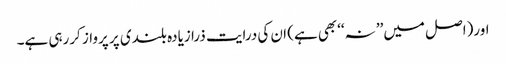
اور(اصل میں’’ نہ‘‘بھی ہے) ان کی درایت ذرا زیادہ بلندی پر پرواز کررہی ہے۔